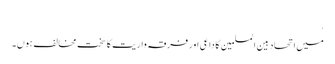
.
میں اتحاد بین المسلمین کا داعی اور فرقہ واریت کا سخت مخالف ہوں۔